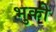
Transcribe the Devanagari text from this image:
भुकी